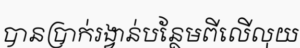
បានប្រាក់រង្វាន់បន្ថែមពីលើលុយ